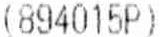
(894015P)